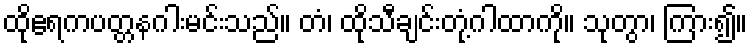
ထိုဧရကပတ္တနဂါးမင်းသည်။ တံ၊ ထိုသီချင်းတုံ့ဂါထာကို။ သုတွာ၊ ကြား၍။